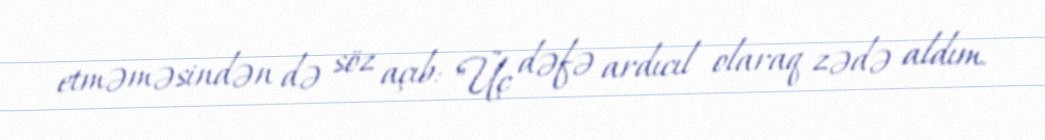
etməməsindən də söz açıb: "Üç dəfə ardıcıl olaraq zədə aldım.